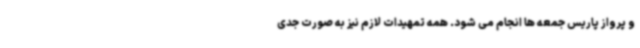
و پرواز پاریس جمعه ها انجام می شود. همه تمهیدات لازم نیز به صورت جدی